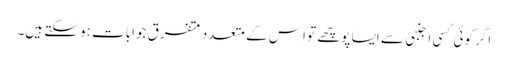
اگر کوئی کسی اجنبی سے ایسا پوچھے تو اِس کے متعدد متفرق جوابات ہو سکتے ہیں۔